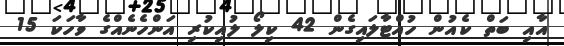
އާއި ބަތް ކެއުން ހުއްޓާލައިގެން 42 ކިލޯ ލުއިކުރި އަންހެނެއްގެ ވާހަކަ 15